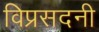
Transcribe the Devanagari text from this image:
विप्रसदनी